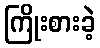
ကြိုးစားခဲ့